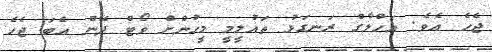
ޖެހެ އެވެ. އަހްލާގް ރަނގަޅު ތައުލީމީ މީހުންށް ވޯޓް ދޭން އެބަ ޖެހެ